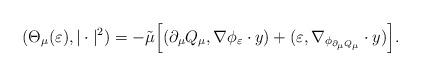
LaTeX: \begin{align*}(\Theta_{\mu}(\varepsilon),|\cdot|^2)=-\tilde{\mu}\Big[(\partial_\mu Q_\mu,\nabla\phi_{\varepsilon}\cdot y)+(\varepsilon,\nabla_{\phi_{\partial_\mu Q_\mu}}\cdot y)\Big].\end{align*}